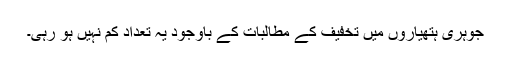
جوہری ہتھیاروں میں تخفیف کے مطالبات کے باوجود یہ تعداد کم نہیں ہو رہی۔